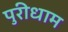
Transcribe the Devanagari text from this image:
पुरीधाम